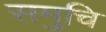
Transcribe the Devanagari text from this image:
समुचि